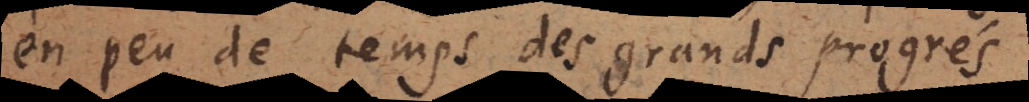
en peu de temps des grands prog